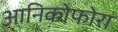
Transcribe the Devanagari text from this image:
आनिकोफोरा